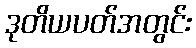
ဒုတိယပတ်အတွင်း